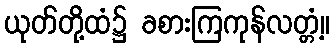
ယုတ်တို့ထံ၌ ခစားကြကုန်လတ္တံ့။